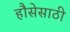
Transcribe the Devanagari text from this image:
हौसेसाठी